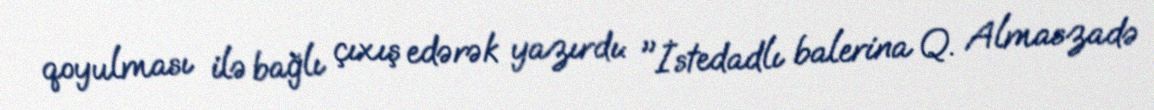
qoyulması ilə bağlı çıxış edərək yazırdı: "İstedadlı balerina Q. Almaszadə